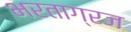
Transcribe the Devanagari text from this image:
भरताग्रज